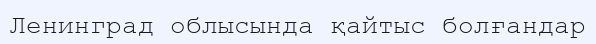
Ленинград облысында қайтыс болғандар